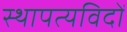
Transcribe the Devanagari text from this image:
स्थापत्यविदों